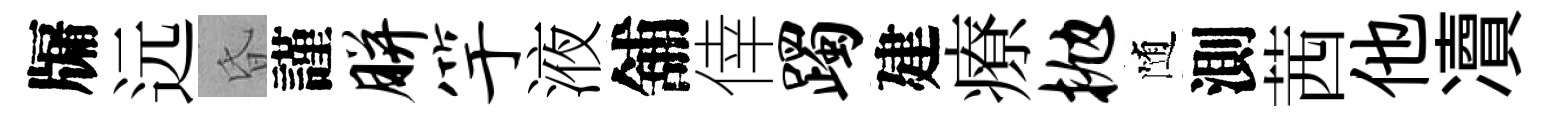
牖远昏謹胼竽液舖倖躅建療抛随測茜他凟